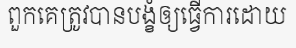
ពួកគេត្រូវបានបង្ខំឲ្យធ្វើការដោយ